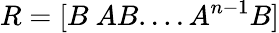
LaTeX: R=[B\ AB....A^{n-1}B]